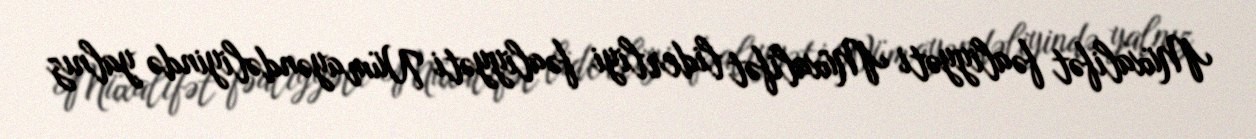
Müxalifət fəaliyyəti Müxalifət liderliyi fəaliyyəti Nümayəndəliyində yalnız